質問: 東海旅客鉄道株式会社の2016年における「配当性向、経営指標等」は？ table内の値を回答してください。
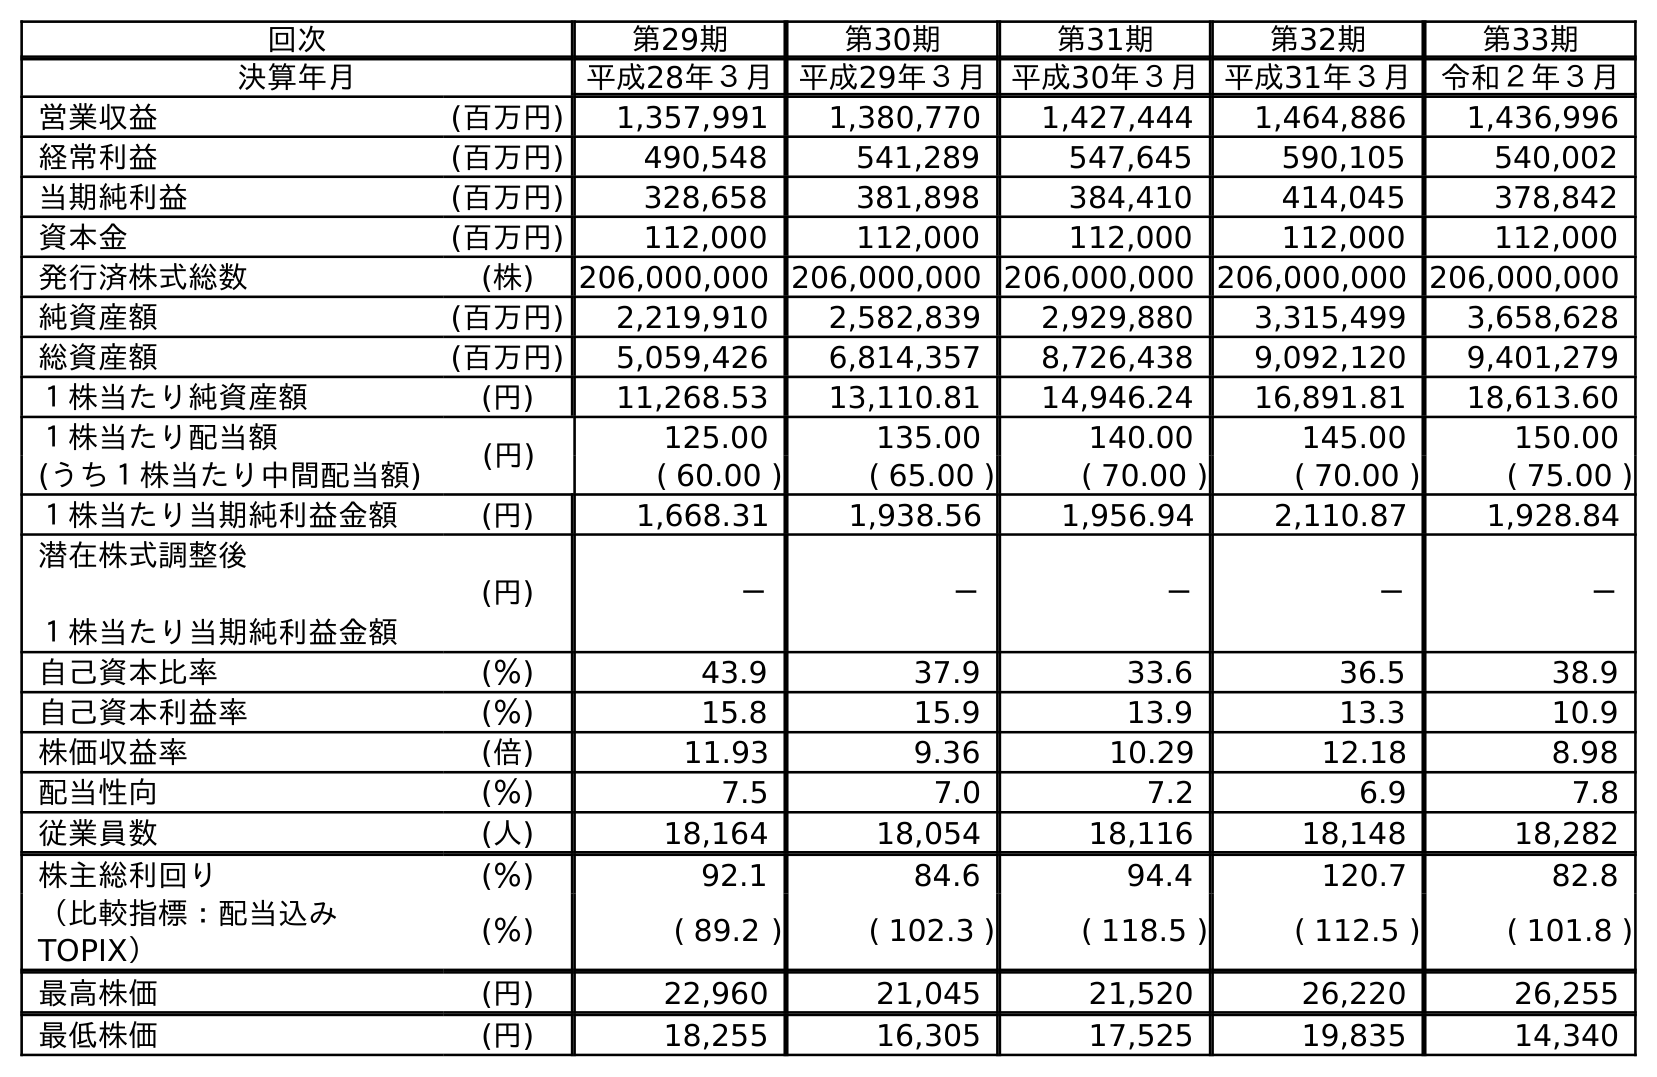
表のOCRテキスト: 回次 第29期 第30期 第31期 第32期 第33期 決算年月 平成28年３月 平成29年３月 平成30年３月 平成31年３月 令和２年３月 営業収益 (百万円) 1,357,991 1,380,770 1,427,444 1,464,886 1,436,996 経常利益 (百万円) 490,548 541,289 547,645 590,105 540,002 当期純利益 (百万円) 328,658 381,898 384,410 414,045 378,842 資本金 (百万円) 112,000 112,000 112,000 112,000 112,000 発行済株式総数 (株) 206,000,000 206,000,000 206,000,000 206,000,000 206,000,000 純資産額 (百万円) 2,219,910 2,582,839 2,929,880 3,315,499 3,658,628 総資産額 (百万円) 5,059,426 6,814,357 8,726,438 9,092,120 9,401,279 １株当たり純資産額 (円) 11,268.53 13,110.81 14,946.24 16,891.81 18,613.60 １株当たり配当額 (円) 125.00 135.00 140.00 145.00 150.00 (うち１株当たり中間配当額) ( 60.00 ) ( 65.00 ) ( 70.00 ) ( 70.00 ) ( 75.00 ) １株当たり当期純利益金額 (円) 1,668.31 1,938.56 1,956.94 2,110.87 1,928.84 潜在株式調整後 １株当たり当期純利益金額 (円) － － － － － 自己資本比率 (％) 43.9 37.9 33.6 36.5 38.9 自己資本利益率 (％) 15.8 15.9 13.9 13.3 10.9 株価収益率 (倍) 11.93 9.36 10.29 12.18 8.98 配当性向 (％) 7.5 7.0 7.2 6.9 7.8 従業員数 (人) 18,164 18,054 18,116 18,148 18,282 株主総利回り (％) 92.1 84.6 94.4 120.7 82.8 （比較指標：配当込み TOPIX） (％) ( 89.2 ) ( 102.3 ) ( 118.5 ) ( 112.5 ) ( 101.8 ) 最高株価 (円) 22,960 21,045 21,520 26,220 26,255 最低株価 (円) 18,255 16,305 17,525 19,835 14,340
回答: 7.5